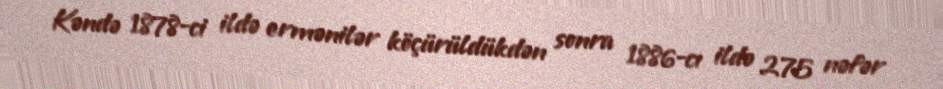
Kəndə 1878-ci ildə ermənilər köçürüldükdən sonra 1886-cı ildə 275 nəfər